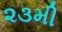
૨૩મી